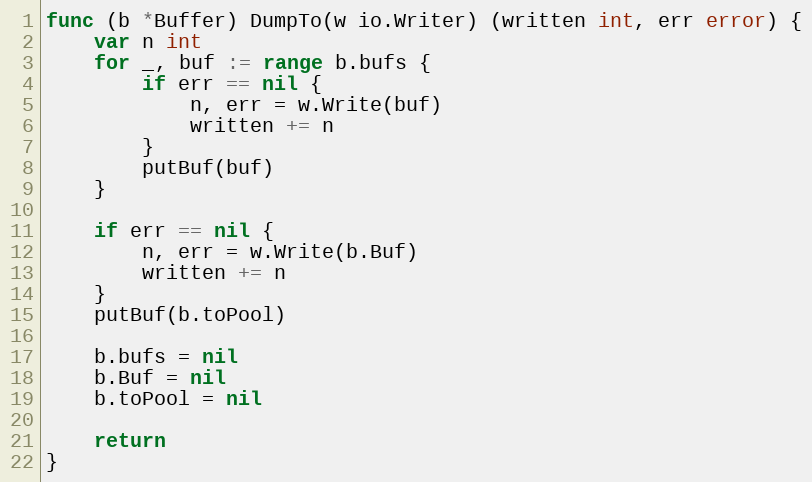
Language: Go
func (b *Buffer) DumpTo(w io.Writer) (written int, err error) {
	var n int
	for _, buf := range b.bufs {
		if err == nil {
			n, err = w.Write(buf)
			written += n
		}
		putBuf(buf)
	}

	if err == nil {
		n, err = w.Write(b.Buf)
		written += n
	}
	putBuf(b.toPool)

	b.bufs = nil
	b.Buf = nil
	b.toPool = nil

	return
}